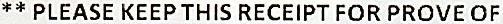
** PLEASE KEEP THIS RECEIPT FOR PROVE OF